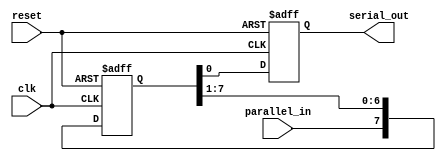
module PISO (
    input wire clk,
    input wire reset,
    input wire parallel_in,
    output reg serial_out
);

reg [7:0] shift_register;

always @(posedge clk or posedge reset) begin
    if (reset) begin
        shift_register <= 8'b0;
        serial_out <= 1'b0;
    end else begin
        shift_register <= {parallel_in, shift_register[7:1]};
        serial_out <= shift_register[0];
    end
end

endmodule